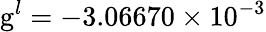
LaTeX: \mathrm{g}^{l}=-3.06670\times 10^{-3}